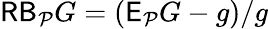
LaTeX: \mathsf{RB}_{\mathcal P}G=(\mathsf E_{\mathcal P}G-g)/g